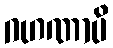
ဂဟဏာပိ